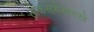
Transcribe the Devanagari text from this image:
लोकसभेसारखे